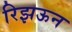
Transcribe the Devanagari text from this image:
रिझऊन